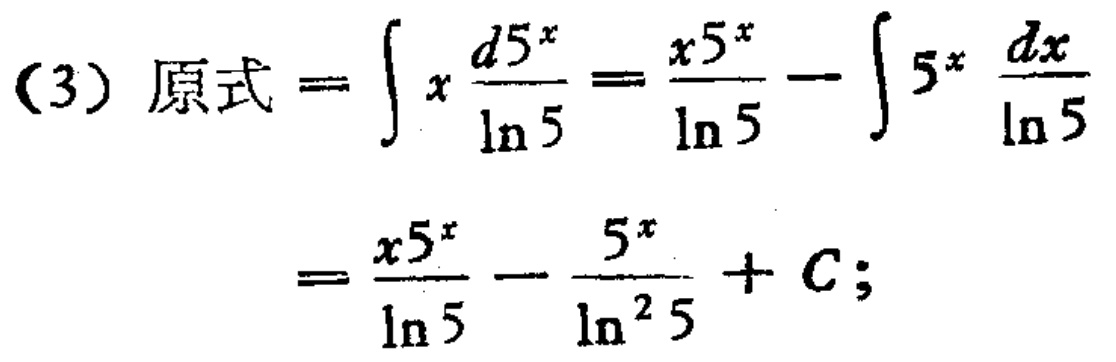
(3) 原式 \(=\int x\frac{d5^{x}}{\ln 5}=\frac{x5^{x}}{\ln 5}-\int 5^{x}\frac{dx}{\ln 5}\)

\(=\frac{x5^{x}}{\ln 5}-\frac{5^{x}}{\ln^{2} 5}+C;\)